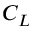
C _ { L }